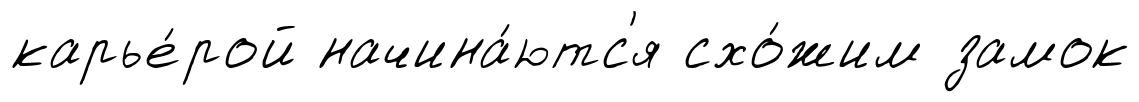
карье́рой начина́ютс'я схо́жим замок